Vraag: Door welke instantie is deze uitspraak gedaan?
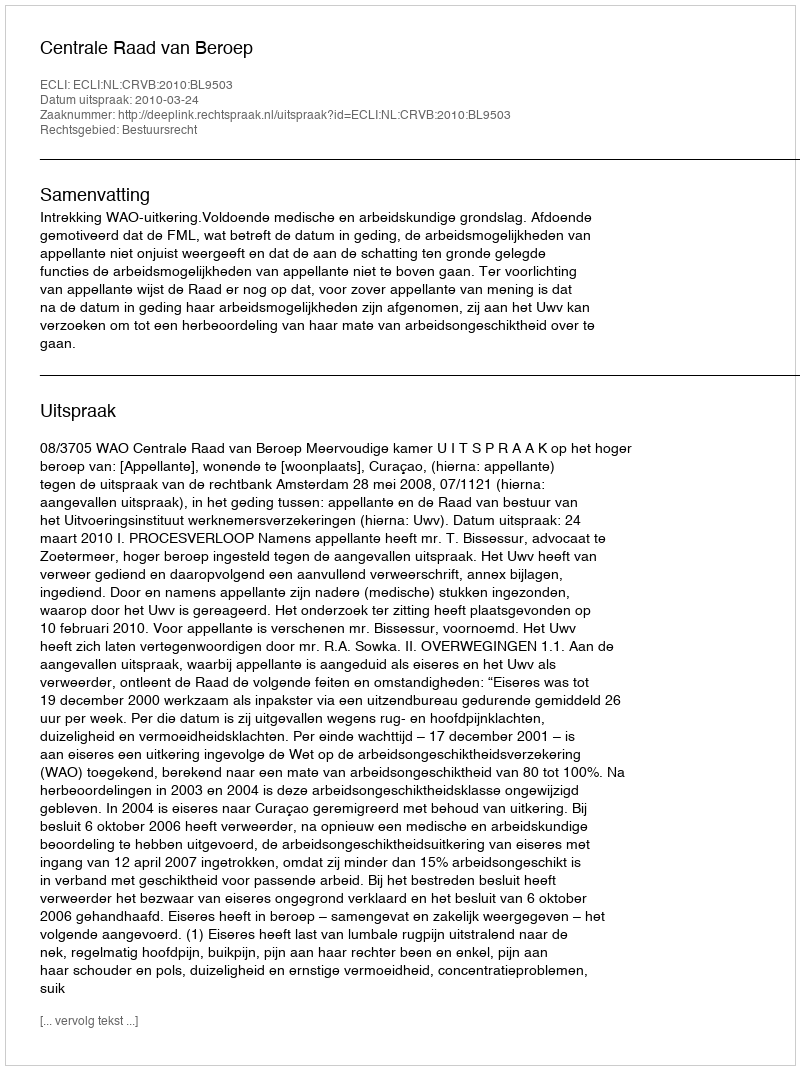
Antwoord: Centrale Raad van Beroep